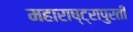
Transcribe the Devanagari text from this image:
महाराष्ट्रापुरती